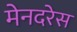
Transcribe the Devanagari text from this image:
मेनदरेस